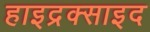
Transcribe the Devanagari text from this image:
हाइद्रक्साइद